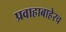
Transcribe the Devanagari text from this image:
प्रवाहाबाहेरच